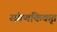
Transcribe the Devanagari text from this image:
संगणकिकृत